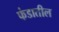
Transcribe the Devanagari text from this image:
फंडातील